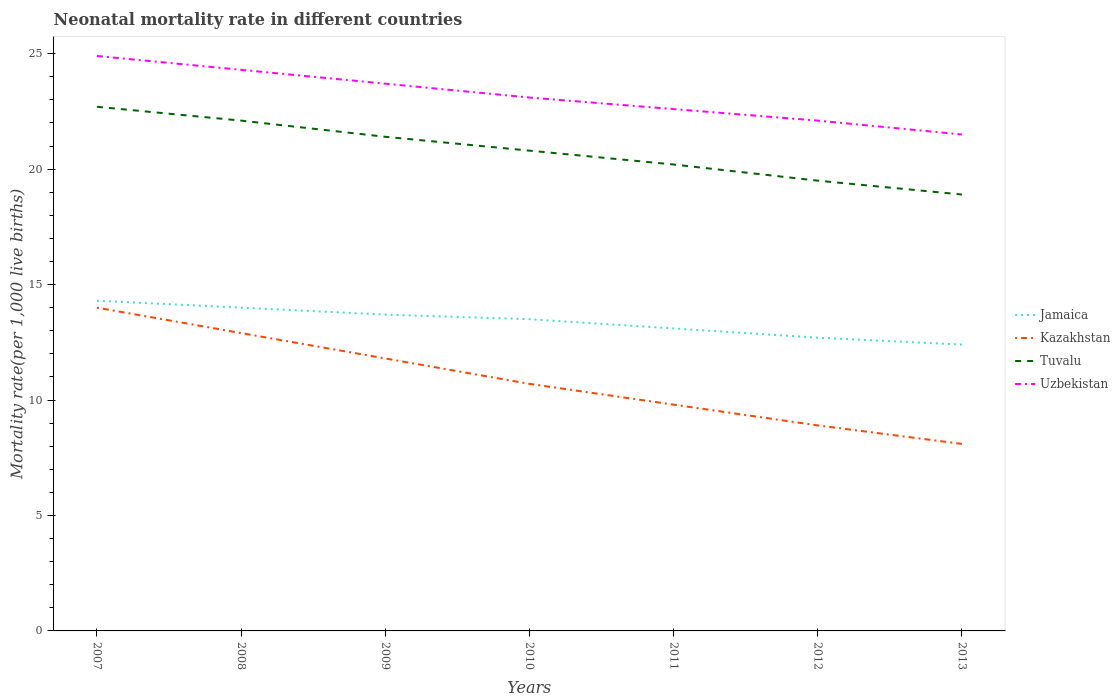
| Years | Jamaica | Kazakhstan | Tuvalu | Uzbekistan |
 | --- | --- | --- | --- | --- |
 | 2007 | 14.3 | 14 | 22.7 | 24.9 |
 | 2008 | 14 | 12.9 | 22.1 | 24.3 |
 | 2009 | 13.7 | 11.8 | 21.4 | 23.7 |
 | 2010 | 13.5 | 10.7 | 20.8 | 23.1 |
 | 2011 | 13.1 | 9.8 | 20.2 | 22.6 |
 | 2012 | 12.7 | 8.9 | 19.5 | 22.1 |
 | 2013 | 12.4 | 8.1 | 18.9 | 21.5 |